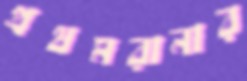
প্রথমরানার